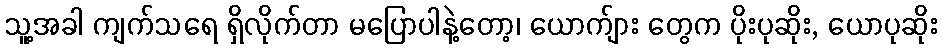
သူ့အခါ ကျက်သရေ ရှိလိုက်တာ မပြောပါနဲ့တော့၊ ယောက်ျား တွေက ပိုးပုဆိုး, ယောပုဆိုး